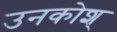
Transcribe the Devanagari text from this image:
उनकोश्